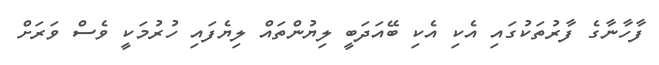
ފާހާނާގެ ފާރުތަކުގައި އެކި އެކި ބޭއަދަބީ ލިޔުންތައް ލިޔެފައި ހުރުމަކީ ވެސް ވަރަށް